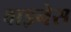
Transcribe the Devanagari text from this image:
वाइनेस